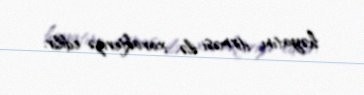
həyatını itirməsi ilə xarakterizə edilir.